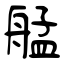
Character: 艋